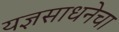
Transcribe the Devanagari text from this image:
यज्ञसाधनेचा